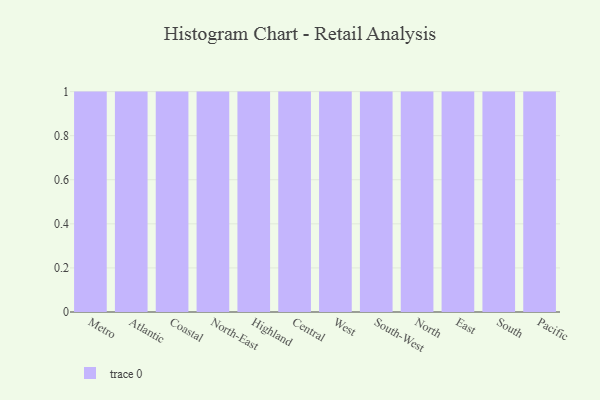
{"axis": {"x": "Region", "y": "Active Users"}, "legend": [""], "data": [{"x": "Metro", "y": 5, "type": ""}, {"x": "Atlantic", "y": 78, "type": ""}, {"x": "Coastal", "y": 20, "type": ""}, {"x": "North-East", "y": 40, "type": ""}, {"x": "Highland", "y": 46, "type": ""}, {"x": "Central", "y": 99, "type": ""}, {"x": "West", "y": 27, "type": ""}, {"x": "South-West", "y": 70, "type": ""}, {"x": "North", "y": 96, "type": ""}, {"x": "East", "y": 16, "type": ""}, {"x": "South", "y": 85, "type": ""}, {"x": "Pacific", "y": 20, "type": ""}]}